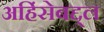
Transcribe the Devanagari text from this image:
अहिंसेबद्द्ल